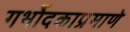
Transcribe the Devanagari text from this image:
गर्भोदकाप्रमाणे